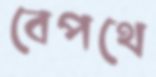
বেপথে